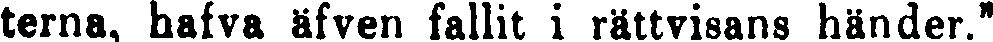
terna, hafva äfven fallit i rättvisans händer."